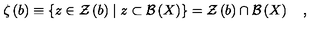
\zeta \left( b \right) \equiv \left\{ z \in { \cal Z } \left( b \right) \mid z \subset { \cal B } \left( X \right) \right\} = { \cal Z } \left( b \right) \cap { \cal B } \left( X \right) \quad ,